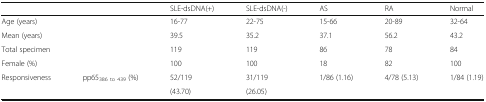
<table><thead><tr><td></td><td></td><td><b>SLE-dsDNA(+)</b></td><td><b>SLE-dsDNA(-)</b></td><td><b>AS</b></td><td><b>RA</b></td><td><b>Normal</b></td></tr></thead><tbody><tr><td>Age (years)</td><td></td><td>16-77</td><td>22-75</td><td>15-66</td><td>20-89</td><td>32-64</td></tr><tr><td>Mean (years)</td><td></td><td>39.5</td><td>35.2</td><td>37.1</td><td>56.2</td><td>43.2</td></tr><tr><td>Total specimen</td><td></td><td>119</td><td>119</td><td>86</td><td>78</td><td>84</td></tr><tr><td>Female (%)</td><td></td><td>100</td><td>100</td><td>18</td><td>82</td><td>100</td></tr><tr><td>Responsiveness</td><td>pp65<sub>386 to 439</sub> (%)</td><td>52/119</td><td>31/119</td><td>1/86 (1.16)</td><td>4/78 (5.13)</td><td>1/84 (1.19)</td></tr><tr><td></td><td></td><td>(43.70)</td><td>(26.05)</td><td></td><td></td><td></td></tr></tbody></table>